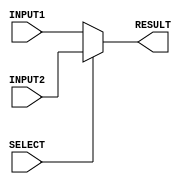
`timescale 1ns/100ps

module mux(INPUT1, INPUT2, RESULT, SELECT);
    input [31:0] INPUT1, INPUT2; 
    input SELECT;               // inputs
    output reg [31:0] RESULT;    // outputs

    always @(*)
    begin
      if (SELECT == 1'b0)  //selecting  
            RESULT = INPUT1;
      else 
            RESULT = INPUT2;
    end

endmodule